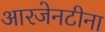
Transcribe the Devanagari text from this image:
आरजेनटीना